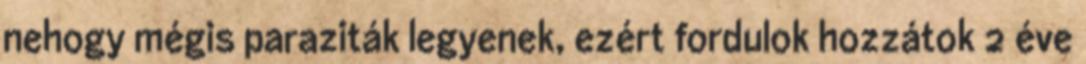
nehogy mégis paraziták legyenek, ezért fordulok hozzátok 2 éve